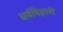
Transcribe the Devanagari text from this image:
धर्मविज्ञानी